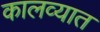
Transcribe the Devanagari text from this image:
कालव्यात